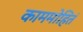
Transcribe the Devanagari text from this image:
काममोहितं